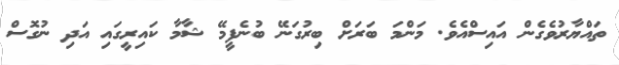
ތައްޔާރުވެގެން އައިސްއެވެ. މަންމަ ބަރަށް ބިރުގަނޭ ބުނެފީމޭ ޝާމާ ކައިރީގައި އަދި ނުގޮސް